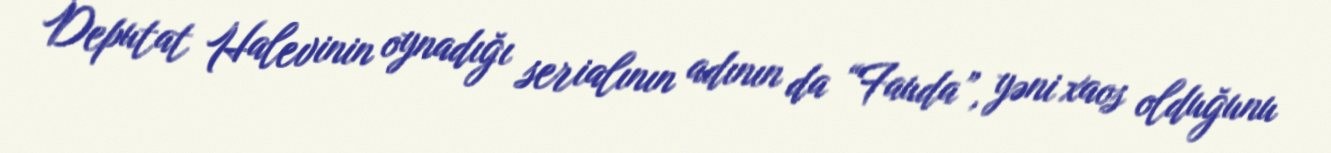
Deputat Halevinin oynadığı serialının adının da “Fauda”, yəni xaos olduğunu